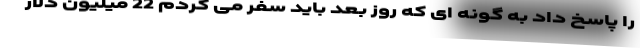
را پاسخ داد به گونه ای که روز بعد باید سفر می کردم 22 میلیون دلار